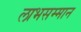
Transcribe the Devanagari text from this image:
लाभसम्मान